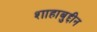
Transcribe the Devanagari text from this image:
शाहाबुद्दीन